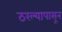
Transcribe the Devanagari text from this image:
ठरल्यापासून